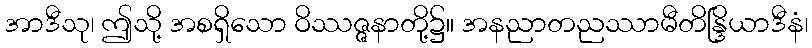
အာဒီသု၊ ဤသို့ အစရှိသော ဝိဿဇ္ဇနာတို့၌။ အနညာတညဿာမီတိန္ဒြိယာဒီနံ၊